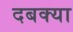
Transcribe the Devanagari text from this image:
दबक्या